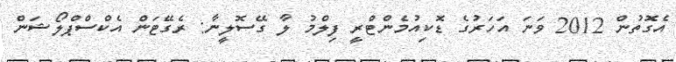
އެގޮތުން 2012 ވަނަ އަހަރުގެ ޑޮކިއުމެންޓްރީ ފިލްމު ލާ ގޭސޮލީނާ: ރެގޭޓަން އެކްސްޕްލޯޝަން